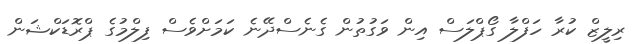
ރިލީޒް ކުރާ ހަފްލާ ގޯޕްލަސް އިން ވަގުތުން ގެނެސްދޭނެ ކަމަށްވެސް ފިލްމުގެ ޕްރޮޑަކްޝަން